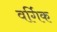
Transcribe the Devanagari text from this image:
वर्गिक